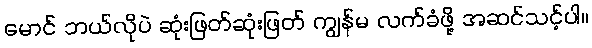
မောင် ဘယ်လိုပဲ ဆုံးဖြတ်ဆုံးဖြတ် ကျွန်မ လက်ခံဖို့ အဆင်သင့်ပါ။